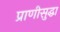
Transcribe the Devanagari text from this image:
प्राणीसुद्धा